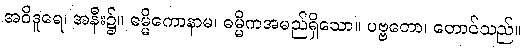
အဝိဒူရေ၊ အနီး၌။ ဓမ္မိကောနာမ၊ ဓမ္မိကအမည်ရှိသော။ ပဗ္ဗတော၊ တောင်သည်။